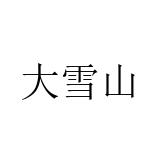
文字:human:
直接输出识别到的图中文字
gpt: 大雪山